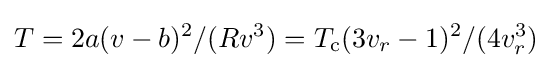
T=2a(v-b)^{2}/(Rv^{3})=T_{\text{c}}(3v_{r}-1)^{2}/(4v_{r}^{3})